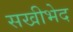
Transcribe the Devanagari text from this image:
सखीभेद